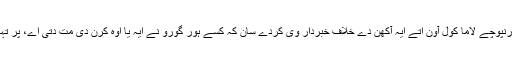
ایس دے نال نال رنپوچے لاما کول آون اتے ایہ آکھن دے خلاف خبردار وی کردے سان کہ کسے ہور گورو نے ایہ یا اوہ کرن دی مت دتی اے، پر تہاڈا کیہ وچار اے؟